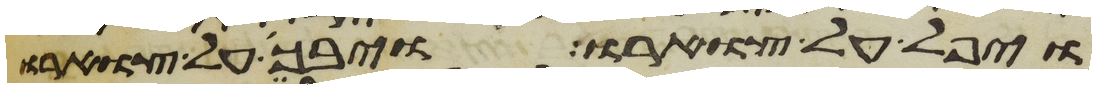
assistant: ויפל על צוארו ויבך על צוארו